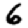
Digit: 6